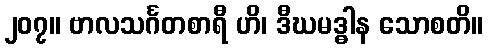
၂၀၇။ ဗာလသင်္ဂတစာရီ ဟိ၊ ဒီဃမဒ္ဓါန သောစတိ။